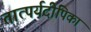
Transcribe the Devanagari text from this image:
तात्पर्यदीपिका